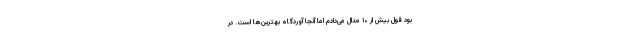
بود قول بیش از ۱۰ مدال می‌دادم اما آنجا آوردگاه بهترین‌ها است. در